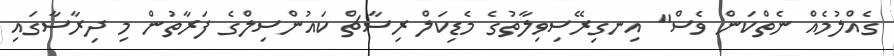
ގެއްލުމެއް ނެތްކަން ވެސް" އިނގިރޭސިވިލާތުގެ މެޑިކަލް ރިސާޗް ކައުންސިލްގެ ފަރާތުން މި ދިރާސާގައި